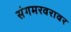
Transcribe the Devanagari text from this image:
संगमरवरावर